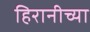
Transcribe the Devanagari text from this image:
हिरानीच्या